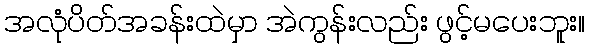
အလုံပိတ်အခန်းထဲမှာ အဲကွန်းလည်း ဖွင့်မပေးဘူး။